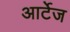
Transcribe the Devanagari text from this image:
आर्टेज